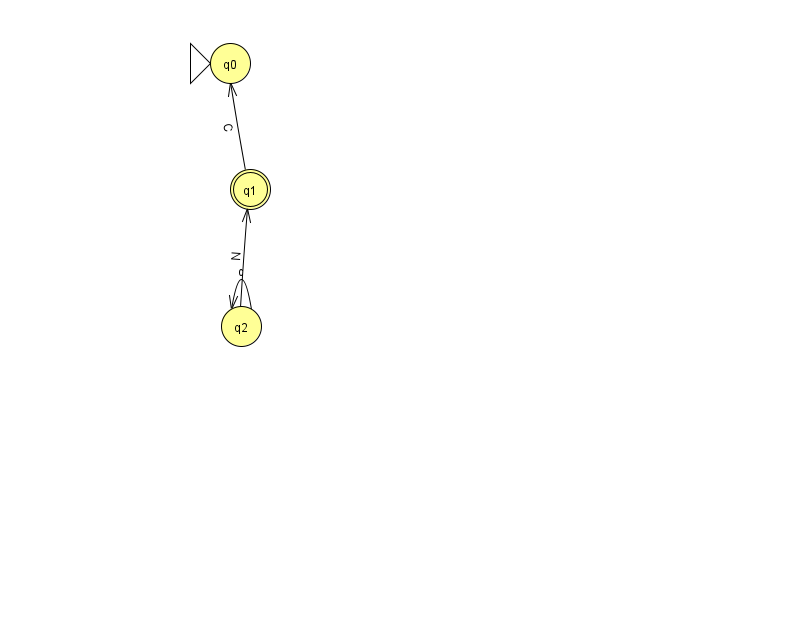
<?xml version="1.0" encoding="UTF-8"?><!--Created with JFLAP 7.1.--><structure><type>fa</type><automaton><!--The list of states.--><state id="0" name="q0"><x>230.0</x><y>50.0</y><initial/></state><state id="1" name="q1"><x>250.0</x><y>176.0</y><final/></state><state id="2" name="q2"><x>241.0</x><y>313.0</y></state><!--The list of transitions.--><transition><from>2</from><to>1</to><read>N</read></transition><transition><from>2</from><to>2</to><read>c</read></transition><transition><from>1</from><to>0</to><read>C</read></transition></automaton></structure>